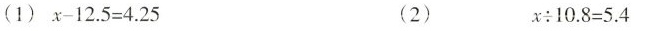
(1)$$x - 1 2 . 5 = 4 . 2 5$$ (2) $$x \div 1 0 . 8 = 5 . 4$$